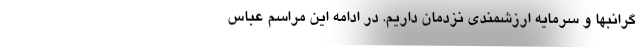
گرانبها و سرمایه‌ ارزشمندی نزدمان داریم. در ادامه این مراسم عباس